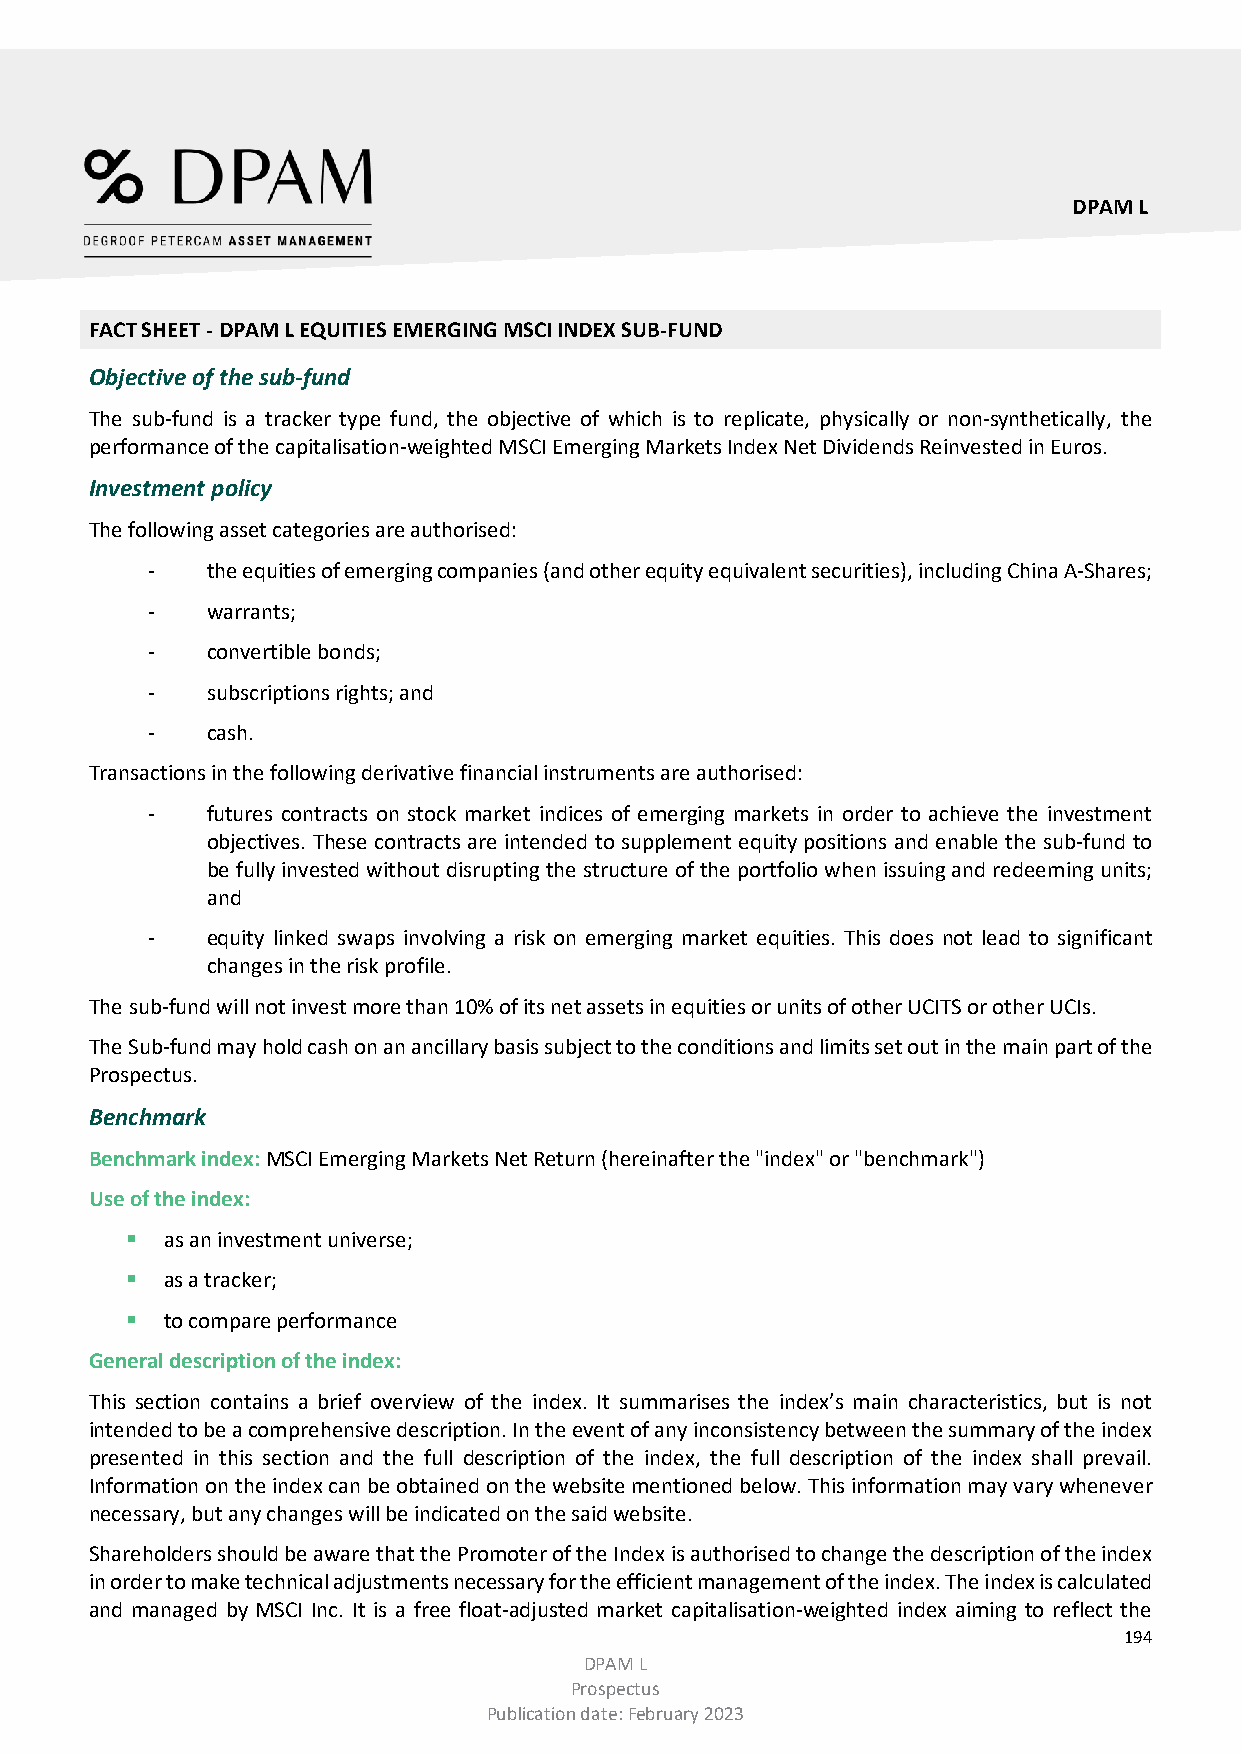
DPAM L
 FACT SHEET - DPAM L EQUITIES EMERGING MSCI INDEX SUB-FUND
 Objective of the sub-fund
 The sub-fund is a tracker type fund, the objective of which is to replicate, physically or non-synthetically, the
 performance of the capitalisation-weighted MSCI Emerging Markets Index Net Dividends Reinvested in Euros.
 Investment policy
 The following asset categories are authorised:
 -   the equities of emerging companies (and other equity equivalent securities), including China A-Shares;
 -   warrants;
 -   convertible bonds;
 -   subscriptions rights; and
 -   cash.
 Transactions in the following derivative financial instruments are authorised:
 -   futures contracts on stock market indices of emerging markets in order to achieve the investment
 objectives. These contracts are intended to supplement equity positions and enable the sub-fund to
 be fully invested without disrupting the structure of the portfolio when issuing and redeeming units;
 and
 -   equity linked swaps involving a risk on emerging market equities. This does not lead to significant
 changes in the risk profile.
 The sub-fund will not invest more than 10% of its net assets in equities or units of other UCITS or other UCIs.
 The Sub-fund may hold cash on an ancillary basis subject to the conditions and limits set out in the main part of the
 Prospectus.
 Benchmark
 Benchmark index: MSCI Emerging Markets Net Return (hereinafter the "index" or "benchmark")
 Use of the index:
   as an investment universe;
   as a tracker;
   to compare performance
 General description of the index:
 This section contains a brief overview of the index. It summarises the index’s main characteristics, but is not
 intended to be a comprehensive description. In the event of any inconsistency between the summary of the index
 presented in this section and the full description of the index, the full description of the index shall prevail.
 Information on the index can be obtained on the website mentioned below. This information may vary whenever
 necessary, but any changes will be indicated on the said website.
 Shareholders should be aware that the Promoter of the Index is authorised to change the description of the index
 in order to make technical adjustments necessary for the efficient management of the index. The index is calculated
 and managed by MSCI Inc. It is a free float-adjusted market capitalisation-weighted index aiming to reflect the
 194
 DPAM L
 Prospectus
 Publication date: February 2023